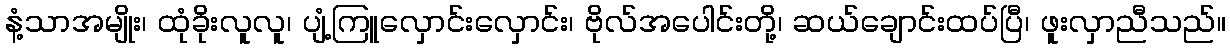
နံ့သာအမျိုး၊ ထုံခိုးလူလူ၊ ပျံ့ကြူလှောင်းလှောင်း၊ ဗိုလ်အပေါင်းတို့၊ ဆယ်ချောင်းထပ်ပြီ၊ ဖူးလှာညီသည်။